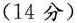
(14分)